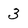
Character: 3